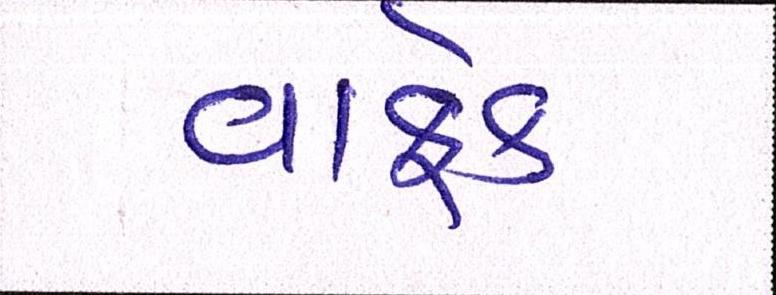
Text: વાકેફ